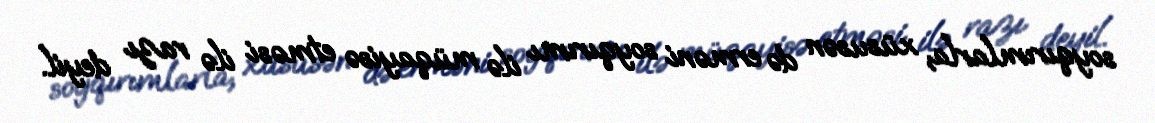
soyqırımlarla, xüsusən də erməni soyqırımı ilə müqayisə etməsi ilə razı deyil.